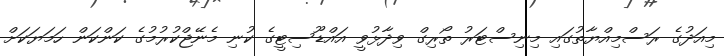
މިއަދުގެ ރަސްމިއްޔާތުގައި މިނިސްޓަރު ތޯރިގް ވިދާޅުވީ އައްޑޫސިޓީގެ ކުނި މެނޭޖްކުރުމުގެ ކަންކަން ހަމަޔަކަށް